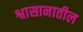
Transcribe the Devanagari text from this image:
श्वासानातील